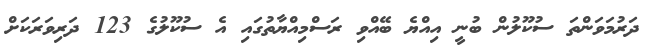
ދަރުމަވަންތަ ސުކޫލުން ބުނީ އިއްޔެ ބޭއްވި ރަސްމިއްޔާތުގައި އެ ސުކޫލުގެ 123 ދަރިވަރަކަށް